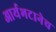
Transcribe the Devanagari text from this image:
आर्यभटानेच